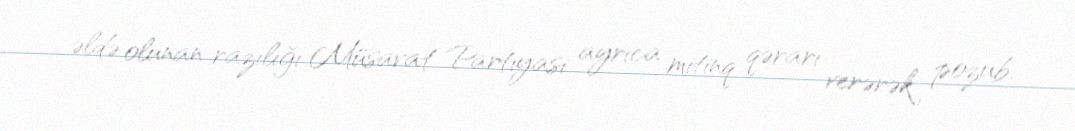
əldə olunan razılığı Müsavat Partiyası ayrıca mitinq qərarı verərək pozub.